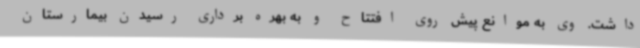
داشت. وی به موانع پیش روی افتتاح و به بهره برداری رسیدن بیمارستان